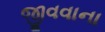
જીવવાના